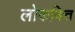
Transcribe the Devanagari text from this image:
लोकवित्त